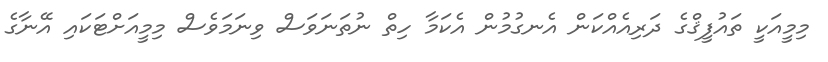
މިމީއަކީ ތައުފީޤްގެ ދަރިއެއްކަން އެނގުމުން އެކަމާ ހިތް ނުތަނަވަސް ވިނަމަވެސް މިމީއަށްޓަކައި އޭނާގެ